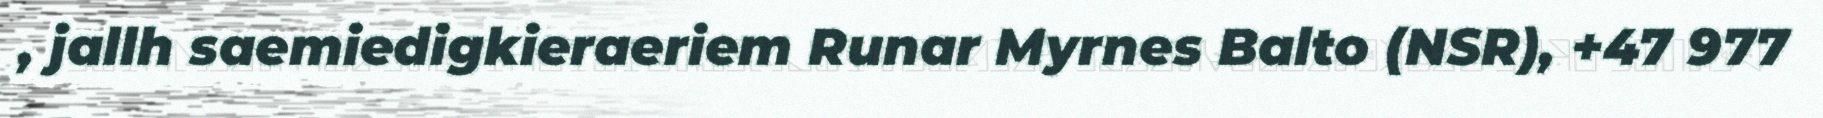
, jallh saemiedigkieraeriem Runar Myrnes Balto (NSR), +47 977